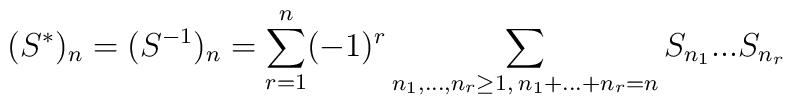
(S^*)_n=(S^{-1})_n=\sum_{r=1}^n(-1)^r\sum_{n_1,...,n_r\geq1,\>n_1+...+n_r=n} S_{n_1}...S_{n_r}